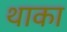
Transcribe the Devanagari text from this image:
थाका